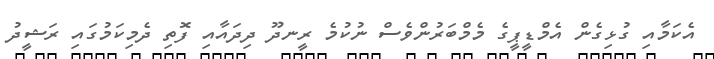
އެކަމާއި ގުޅިގެން އެމްޑީޕީގެ މެމްބަރުންވެސް ނުކުމެ ރީނދޫ ދިދައާއި ފޮތި ދެމިކަމުގައި ރަޝީދު